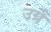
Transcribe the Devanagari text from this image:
उग्रै